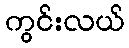
ကွင်းလယ်